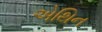
એથિન